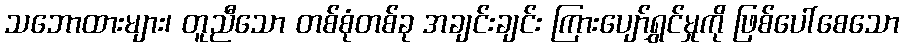
သဘောထားများ၊ တူညီသော တစ်စုံတစ်ခု အချင်းချင်း ကြားပျော်ရွှင်မှုကို ဖြစ်ပေါ်စေသော